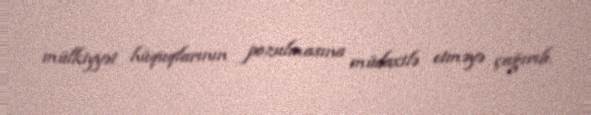
mülkiyyət hüquqlarının pozulmasına müdaxilə etməyə çağırıb.